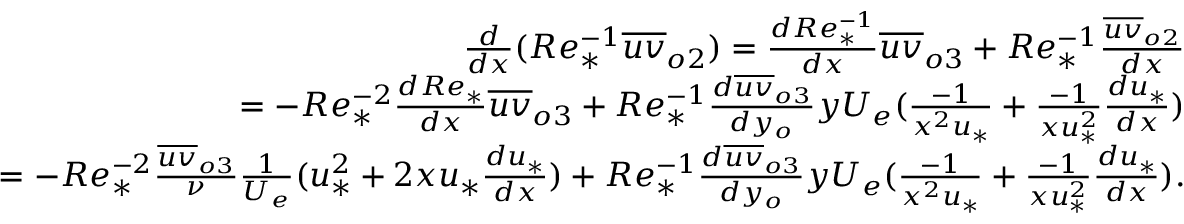
\begin{array} { r } { \frac { d } { d x } ( R e _ { * } ^ { - 1 } \overline { { u v } } _ { o 2 } ) = \frac { d R e _ { * } ^ { - 1 } } { d x } \overline { { u v } } _ { o 3 } + R e _ { * } ^ { - 1 } \frac { \overline { { u v } } _ { o 2 } } { d x } } \\ { = - R e _ { * } ^ { - 2 } \frac { d R e _ { * } } { d x } \overline { { u v } } _ { o 3 } + R e _ { * } ^ { - 1 } \frac { d \overline { { u v } } _ { o 3 } } { d y _ { o } } y U _ { e } ( \frac { - 1 } { x ^ { 2 } u _ { * } } + \frac { - 1 } { x u _ { * } ^ { 2 } } \frac { d u _ { * } } { d x } ) } \\ { = - R e _ { * } ^ { - 2 } \frac { \overline { { u v } } _ { o 3 } } { \nu } \frac { 1 } { U _ { e } } ( u _ { * } ^ { 2 } + 2 x u _ { * } \frac { d u _ { * } } { d x } ) + R e _ { * } ^ { - 1 } \frac { d \overline { { u v } } _ { o 3 } } { d y _ { o } } y U _ { e } ( \frac { - 1 } { x ^ { 2 } u _ { * } } + \frac { - 1 } { x u _ { * } ^ { 2 } } \frac { d u _ { * } } { d x } ) . } \end{array}